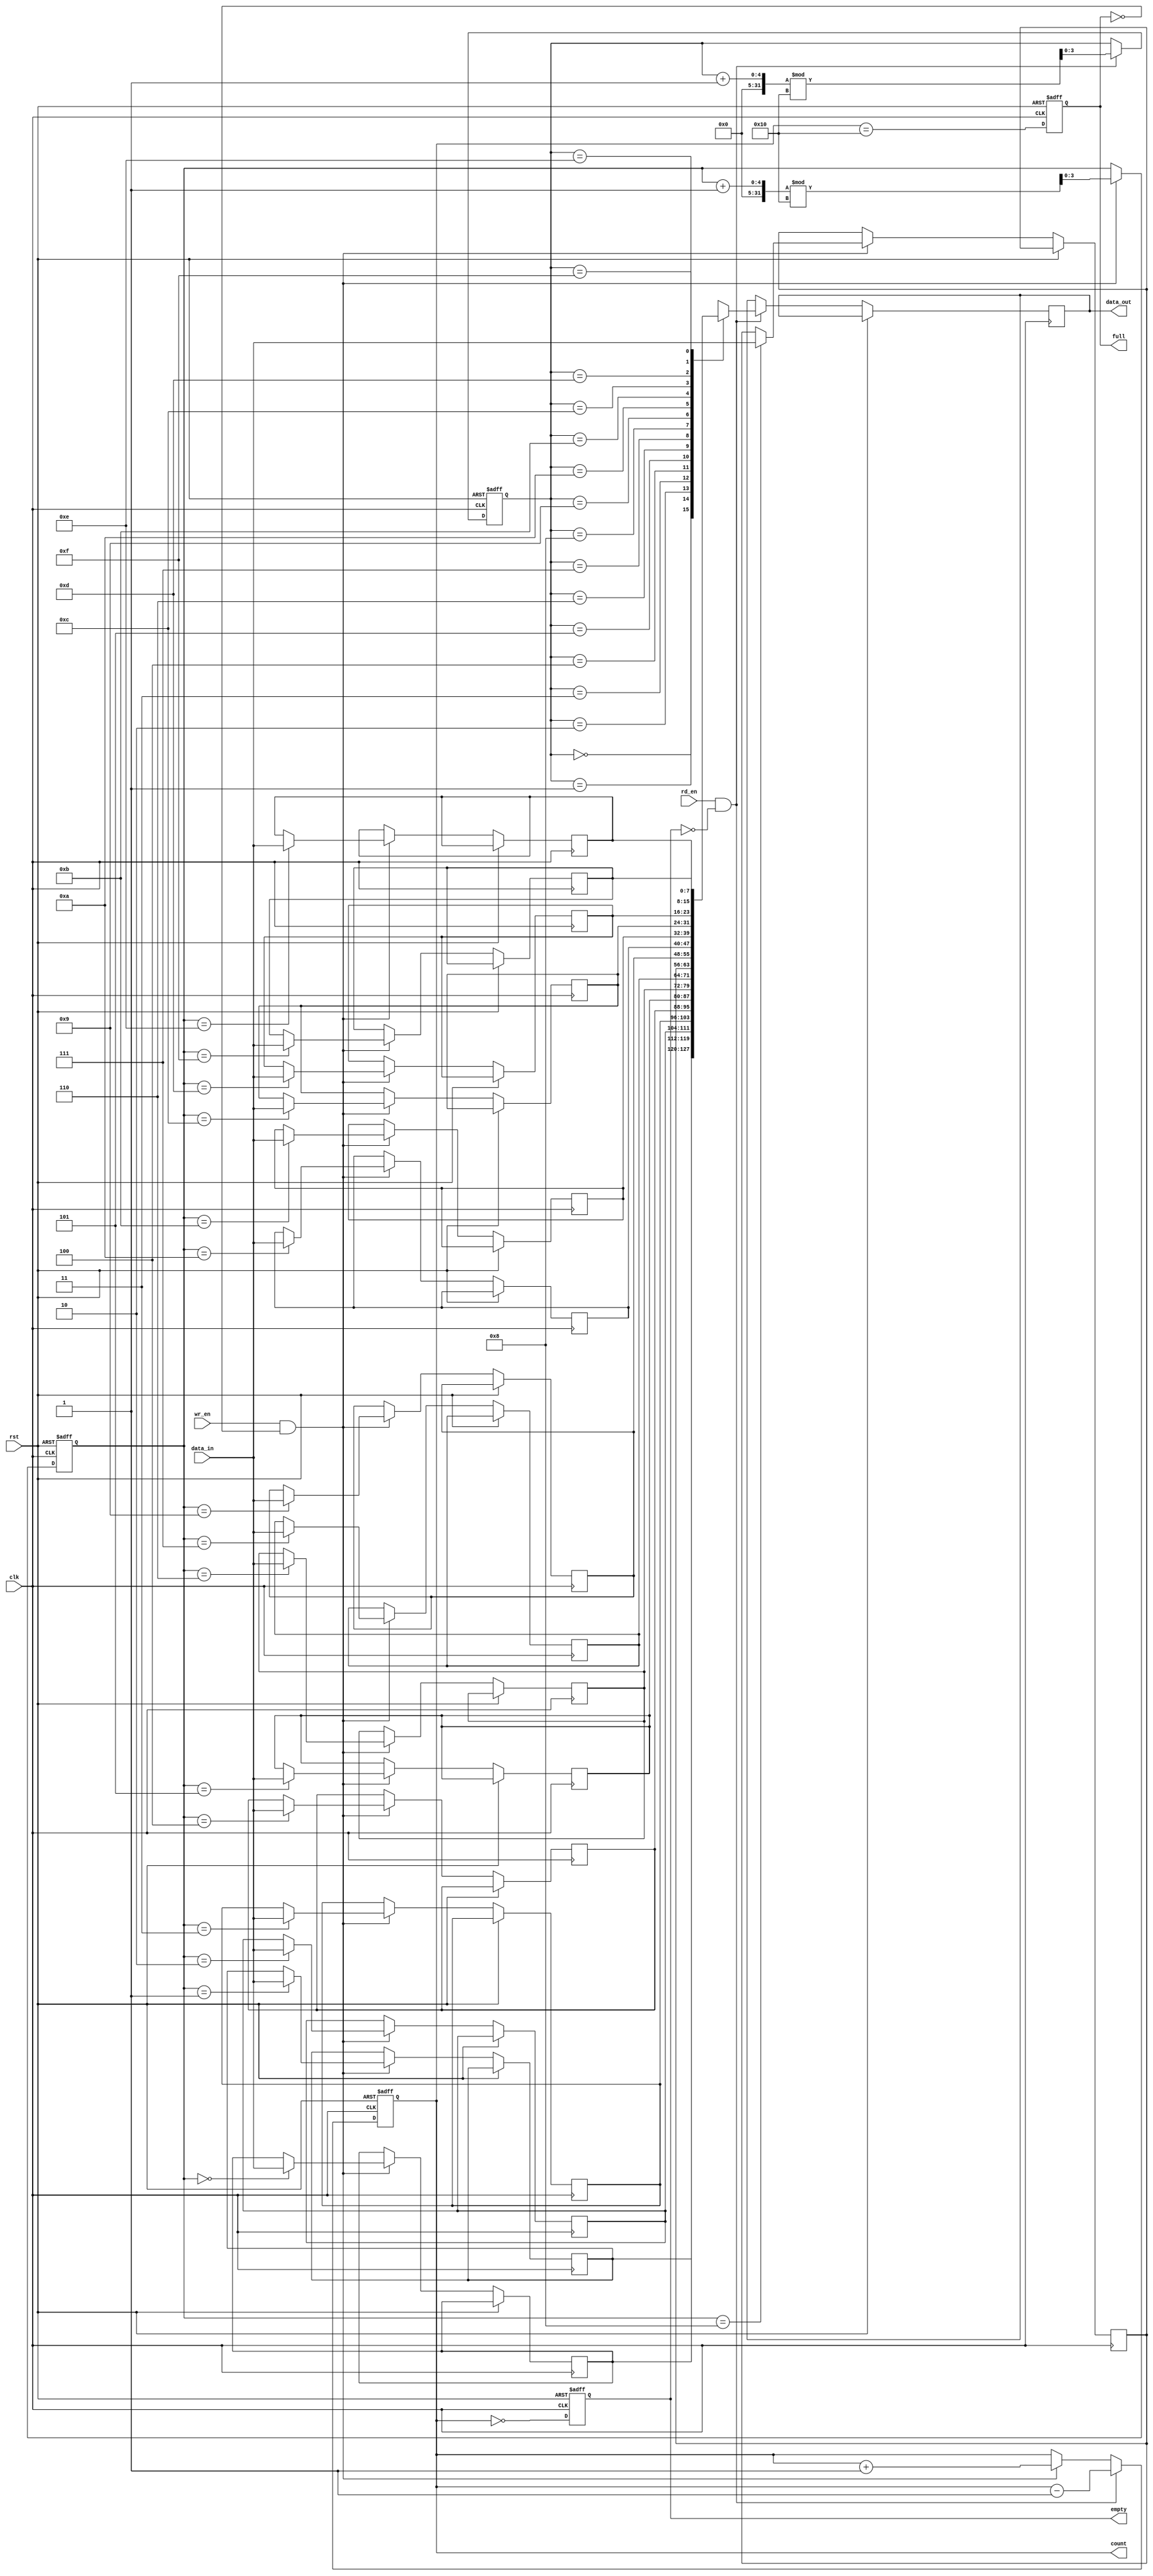
module parameterized_fifo #(parameter N = 16, // Depth of FIFO
                             parameter W = 8   // Width of each entry
                            )
                            (
                             input clk,               // Clock signal
                             input rst,               // Asynchronous reset signal
                             input [W-1:0] data_in,   // Input data
                             input wr_en,             // Write enable
                             input rd_en,             // Read enable
                             output reg [W-1:0] data_out, // Output data
                             output reg full,         // FIFO full flag
                             output reg empty,        // FIFO empty flag
                             output reg [clog2(N):0] count // Number of entries in FIFO
                            );

    reg [W-1:0] fifo_mem [0:N-1]; // Storage array
    reg [clog2(N)-1:0] wr_ptr;     // Write pointer
    reg [clog2(N)-1:0] rd_ptr;     // Read pointer

    // Function to calculate log2
    function integer clog2(input integer value);
        begin
            value = value - 1;
            for (clog2 = 0; value > 0; clog2 = clog2 + 1)
                value = value >> 1;
        end
    endfunction

    // Asynchronous reset and FIFO operation
    always @(posedge clk or posedge rst) begin
        if (rst) begin
            wr_ptr <= 0;
            rd_ptr <= 0;
            count <= 0;
            full <= 0;
            empty <= 1;
        end else begin
            // Write operation
            if (wr_en && !full) begin
                fifo_mem[wr_ptr] <= data_in; // Write data to FIFO
                wr_ptr <= (wr_ptr + 1) % N;  // Increment write pointer (circular)
                count <= count + 1;           // Increment count
            end

            // Read operation
            if (rd_en && !empty) begin
                data_out <= fifo_mem[rd_ptr]; // Read data from FIFO
                rd_ptr <= (rd_ptr + 1) % N;   // Increment read pointer (circular)
                count <= count - 1;           // Decrement count
            end

            // Update full and empty flags
            full <= (count == N);
            empty <= (count == 0);
        end
    end

endmodule